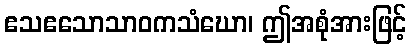
ဧသဧသောသာဝကသံဃော၊ ဤအစုံအားဖြင့်